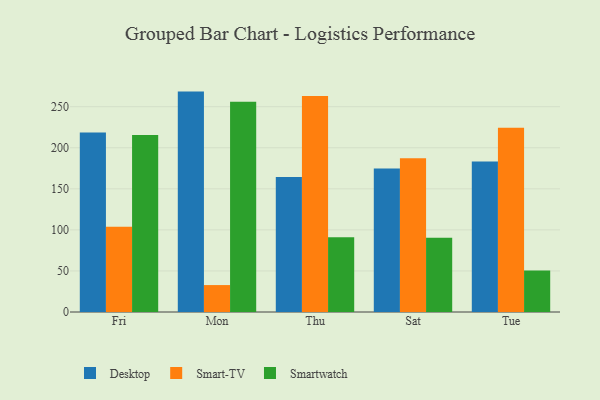
{"axis": {"x": "Day", "y": "Revenue (USD Million)"}, "legend": ["Desktop", "Smart-TV", "Smartwatch"], "data": [{"x": "Fri", "y": 218.5, "type": "Desktop"}, {"x": "Fri", "y": 103.7, "type": "Smart-TV"}, {"x": "Fri", "y": 215.7, "type": "Smartwatch"}, {"x": "Mon", "y": 268.4, "type": "Desktop"}, {"x": "Mon", "y": 32.8, "type": "Smart-TV"}, {"x": "Mon", "y": 255.9, "type": "Smartwatch"}, {"x": "Thu", "y": 164.4, "type": "Desktop"}, {"x": "Thu", "y": 262.9, "type": "Smart-TV"}, {"x": "Thu", "y": 91.1, "type": "Smartwatch"}, {"x": "Sat", "y": 174.7, "type": "Desktop"}, {"x": "Sat", "y": 187.3, "type": "Smart-TV"}, {"x": "Sat", "y": 90.3, "type": "Smartwatch"}, {"x": "Tue", "y": 183.2, "type": "Desktop"}, {"x": "Tue", "y": 224.4, "type": "Smart-TV"}, {"x": "Tue", "y": 50.6, "type": "Smartwatch"}]}